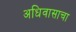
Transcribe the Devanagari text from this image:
अधिवासाचा